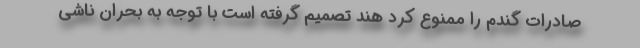
صادرات گندم را ممنوع کرد هند تصمیم گرفته است با توجه به بحران ناشی